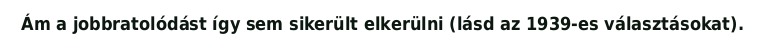
Ám a jobbratolódást így sem sikerült elkerülni (lásd az 1939-es választásokat).